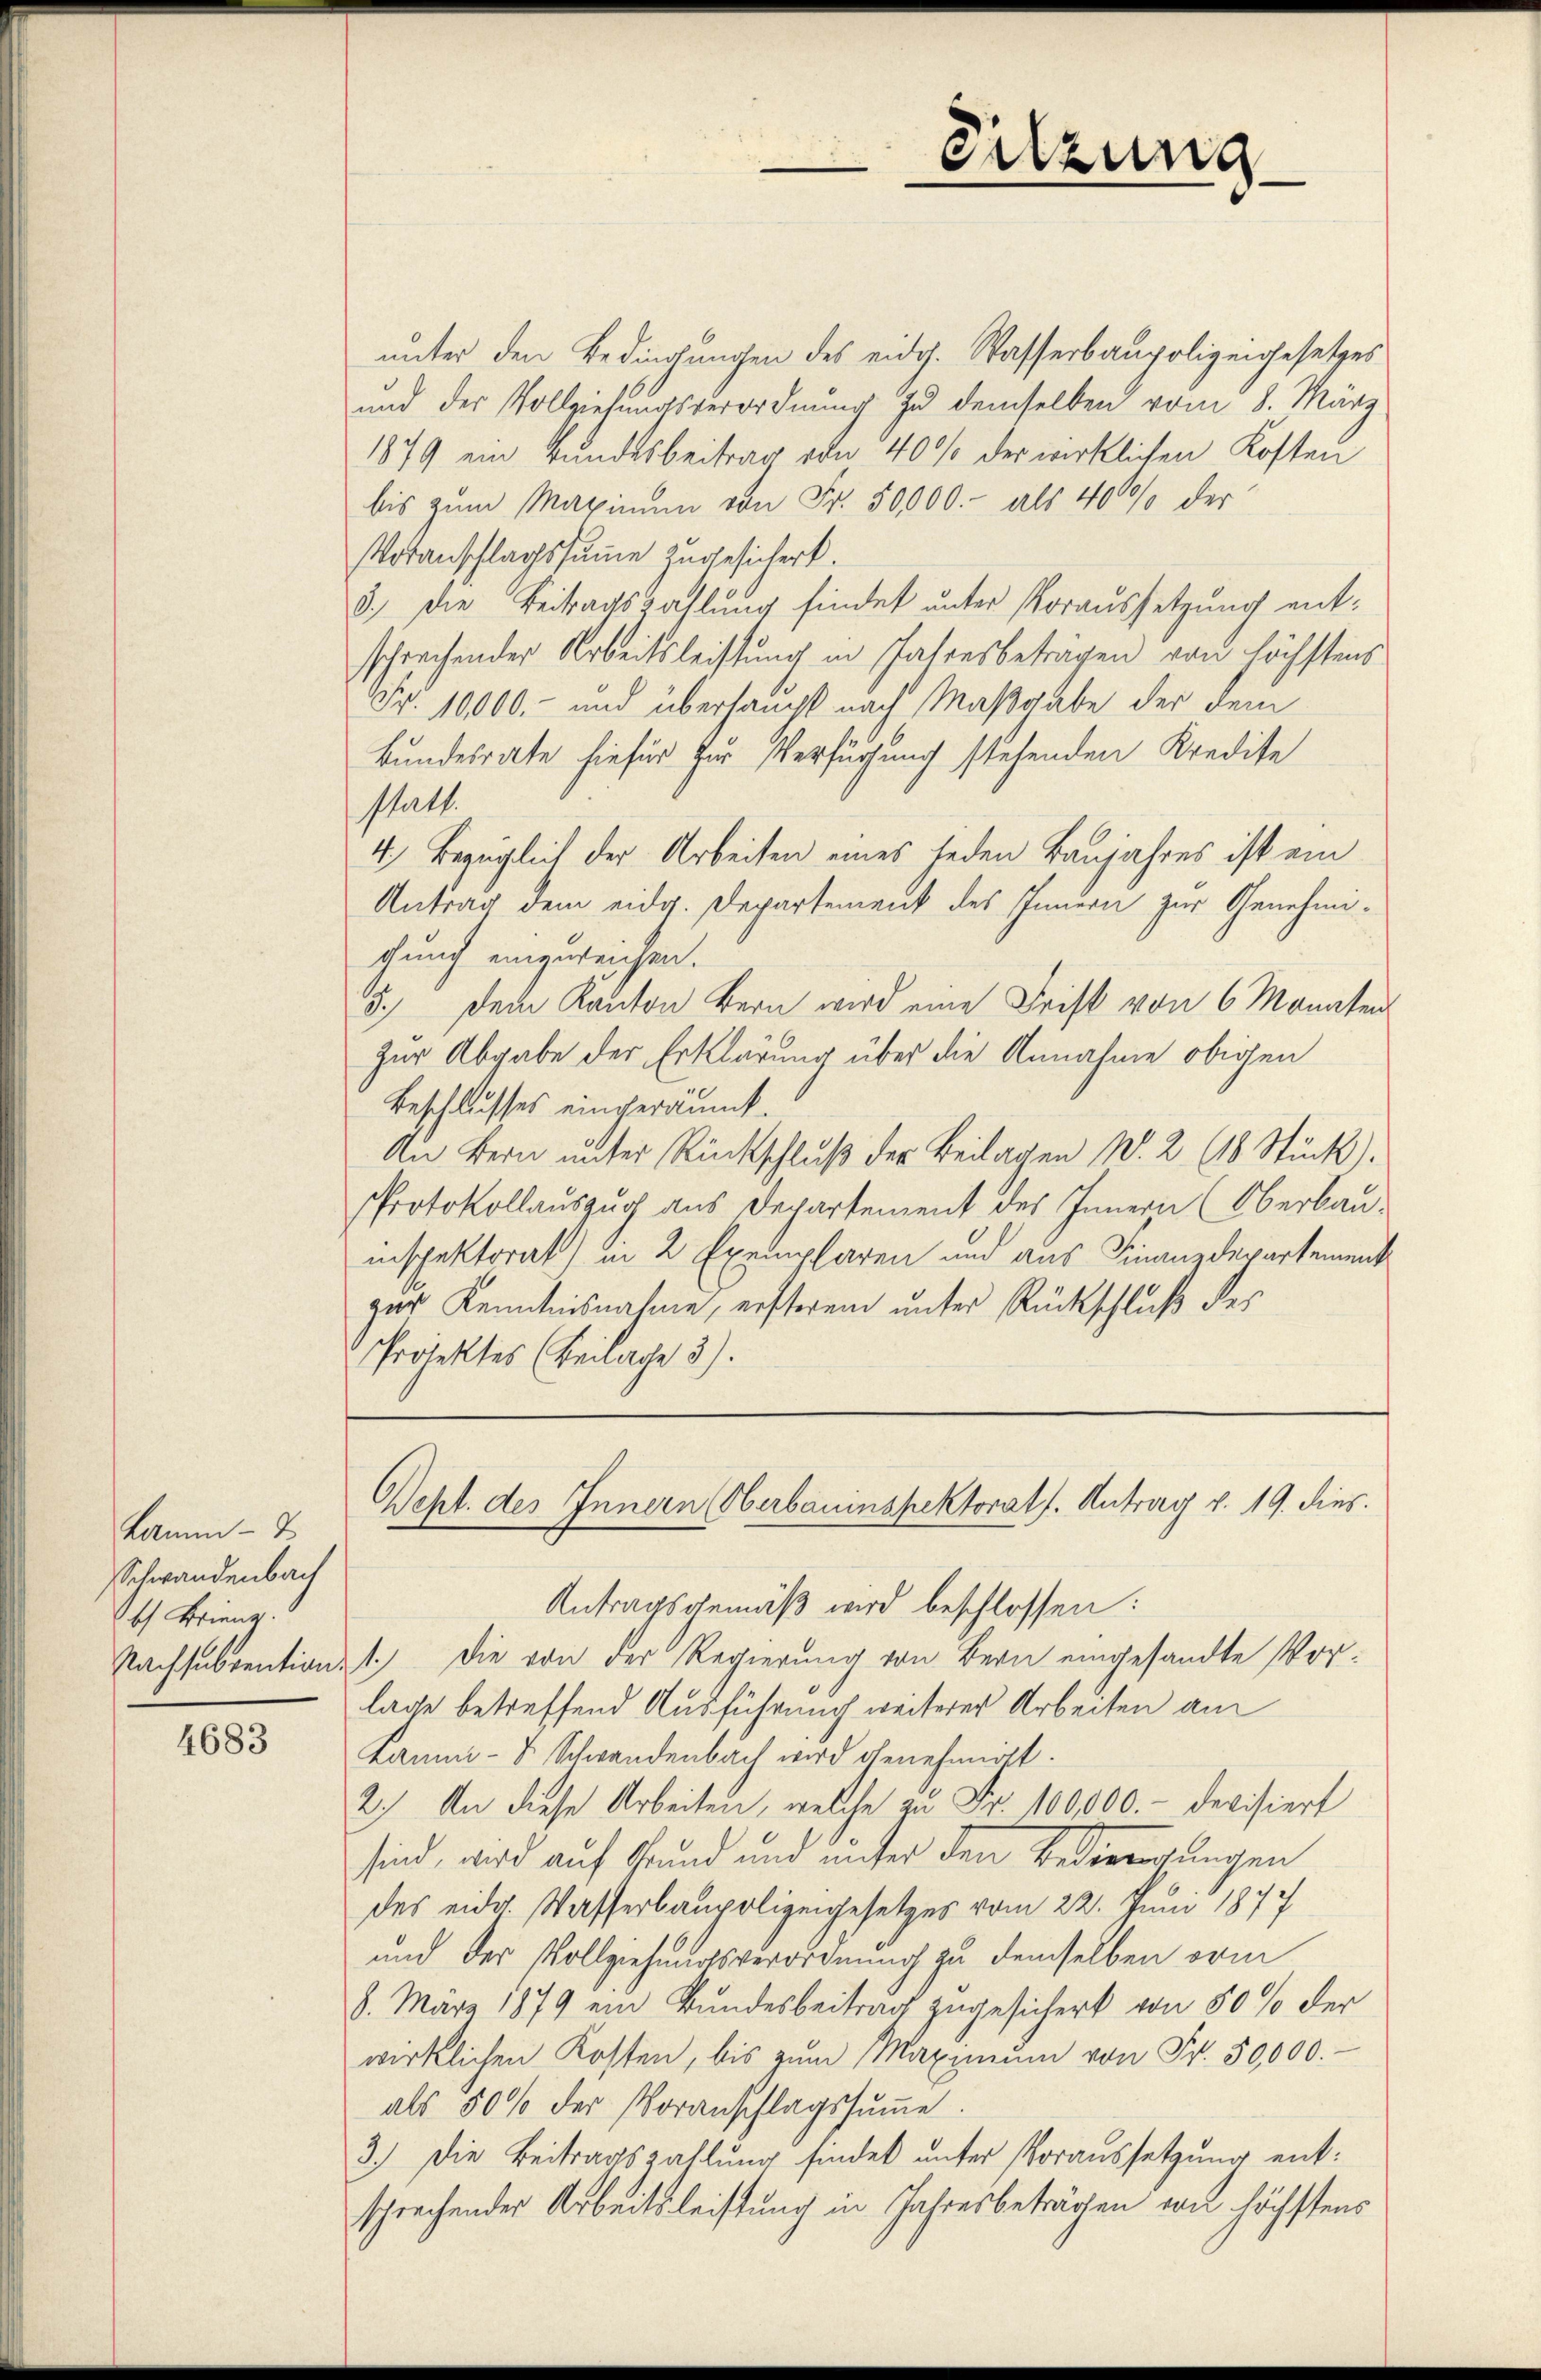
kam - 2
Schwandenbach
h Brienz.

4683

Sitzung

unter den Bedingungen des eidg. Wasserbaupolizeigesetzes
und der Vollziehungsverordnung zu demselben vom 8. März
1879 ein Bundesbeitrag von 40% der wirklichen Kosten
bis zum Maximum von Fr. 50000.- als 4000% der
Voranschlagssumme zugesichert.
8.) Die Beitragszahlung findet unter Voraussetzung entsprechender Arbeitsleistung in Jahresbeträgen von höchstens
Nr. 10000.- und überhaupt nach Maßgabe der dem
Bundesrate hiefür zur Verfügung stehenden Kredite
statt.
4.) Bezüglich der Arbeiten eines jeden Baujahres ist ein
Antrag dem eidg. Departement des Innern zur Genehmichung eingereichen.
5.) Dem Kanton Bern wird eine Frist von 6 Monaten
zur Abgabe der Erklärung über die Annahme obigen
Beschlusses eingeräumt.
An Bern unter Rückschluß der Beilagen W. 2 (18 Stück).
Protokollauszug aus Departement des Innern (Oberbau-
inspektorat) in 2 Exemplaren und aus Finanzdepartement
gar Kenntnisnahme, ersteren unter Rückschluß des
Projektes (Beilage 3).

Sept. des Innern (Oberbauinspektorats. Antrag v. 19. dies
Antragsgemäß wird beschlossen:

Nachsubvention: 1.) Die von der Regierung von Bern eingesandte Vorlage betreffend Ausführung weiterer Arbeiten am
Baum- & Schwandenbach wird genehmigt.
2.) An diese Arbeiten, welche zu Fr. 100,000.- Devisiert
sind, wird auf Grund und unter den Bedingungen
des eidg. Wasserbaupolizeigesetzes vom 22. Juni 1877
und der Vollziehungsverordnung zu demselben vom
8. März 1879 ein Bundesbeitrag zugesichert von 50 % der
wirklichen Kosten, bis zŭm Maximŭm von Fr. 50,000.-
als 500 der Voranschlagssumme
3.) Die Beitragszahlung sindet unter Voraussetzung entsprechender Arbeitsleistung in Jahresbeträgen von höchstens